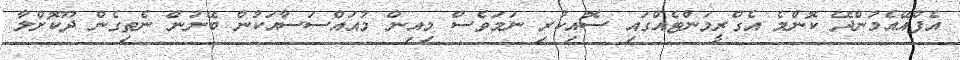
އެފްއޭއެމުންދޭ ކޮންމެ އެގްރީމަންޓެއްގައި ސޮއިކުރި ނަމަވެސް މިއިން މުއައްސަސާއަކުން ބޭނުން ނެތިގެން ދޫކޮށްލާ